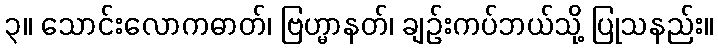
၃။ သောင်းလောကဓာတ်၊ ဗြဟ္မာနတ်၊ ချဉ်းကပ်ဘယ်သို့ ပြုသနည်း။